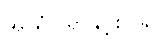
အာရုံပြုရာနှင့်စပ်၍